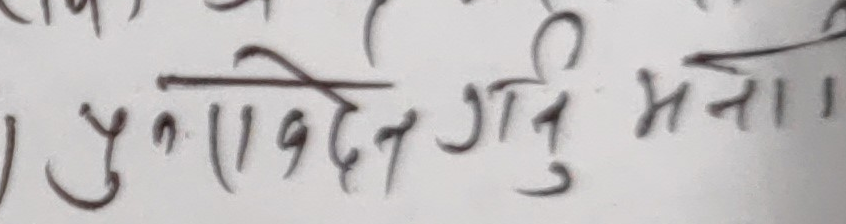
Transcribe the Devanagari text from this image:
पुनरावेदन गर्नु मना ।